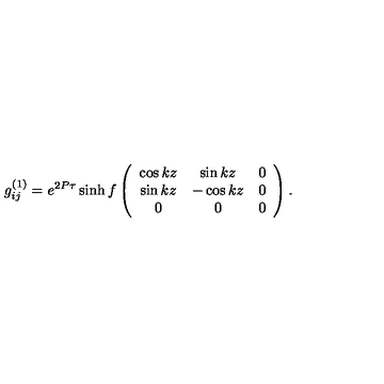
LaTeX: g _ { i j } ^ { ( 1 ) } = e ^ { 2 P \tau } \sinh f \left( \begin{array} { c c c } { \cos k z } & { \sin k z } & { 0 } \\ { \sin k z } & { - \cos k z } & { 0 } \\ { 0 } & { 0 } & { 0 } \\ \end{array} \right) .